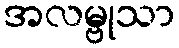
အလမ္ဗုသာ